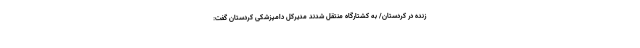
زنده در کردستان/ به کشتارگاه منتقل شدند مدیرکل دامپزشکی کردستان گفت: